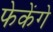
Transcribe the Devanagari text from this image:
फेकेंगे